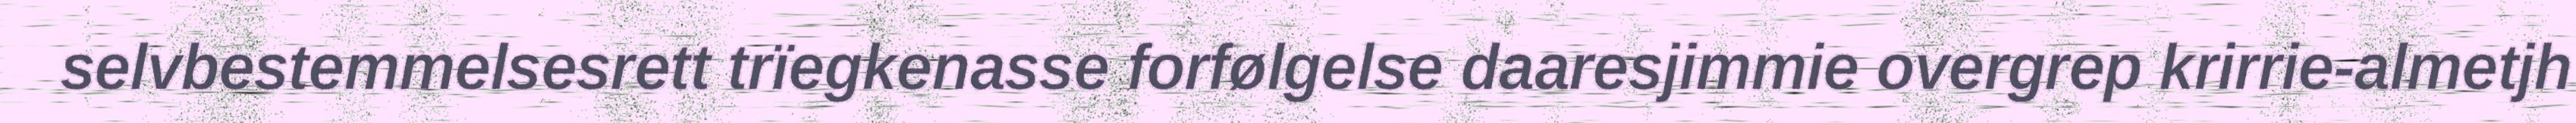
selvbestemmelsesrett trïegkenasse forfølgelse daaresjimmie overgrep krirrie-almetjh